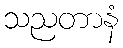
သညတာနံ